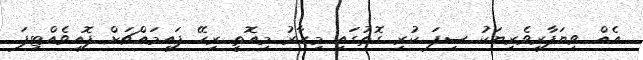
އެއް ވިޔަފާރިވެރިޔަކު ސިފަ ކުރި ގޮތުގައި މިހާރު މިއޮތީ ރިހޭ ފައިމައްޗަށް ފޮއިވެއްޓިފަ